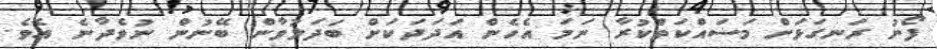
ފޯނު ރަނގަޅަށް މަސައްކަތްކުރާ ނަމަ އެހެން އަދަދަކަށް ބަދަލުވާން ބޭނުން ނުވެދާނެ އެވެ.